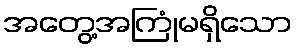
အတွေ့အကြုံမရှိသော